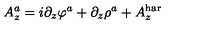
A _ { z } ^ { a } = i \partial _ { z } \varphi ^ { a } + \partial _ { z } \rho ^ { a } + A _ { z } ^ { \mathrm { h a r } }